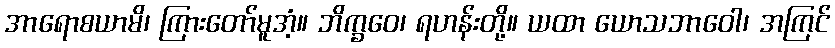
အာရောစယာမိ၊ ကြားတော်မူအံ့။ ဘိက္ခဝေ၊ ရဟန်းတို့။ ယထာ ယောသဘာဝေါ၊ အကြင်